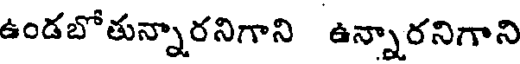
ఉండబోతున్నారనిగాని ఉన్నారనిగాని